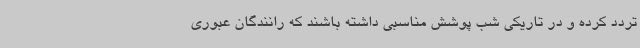
تردد کرده و در تاریکی شب پوشش مناسبی داشته باشند که رانندگان عبوری